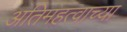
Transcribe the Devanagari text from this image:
अतिमहत्वाच्या